Scottish Leaving Certificate Examination, 1961
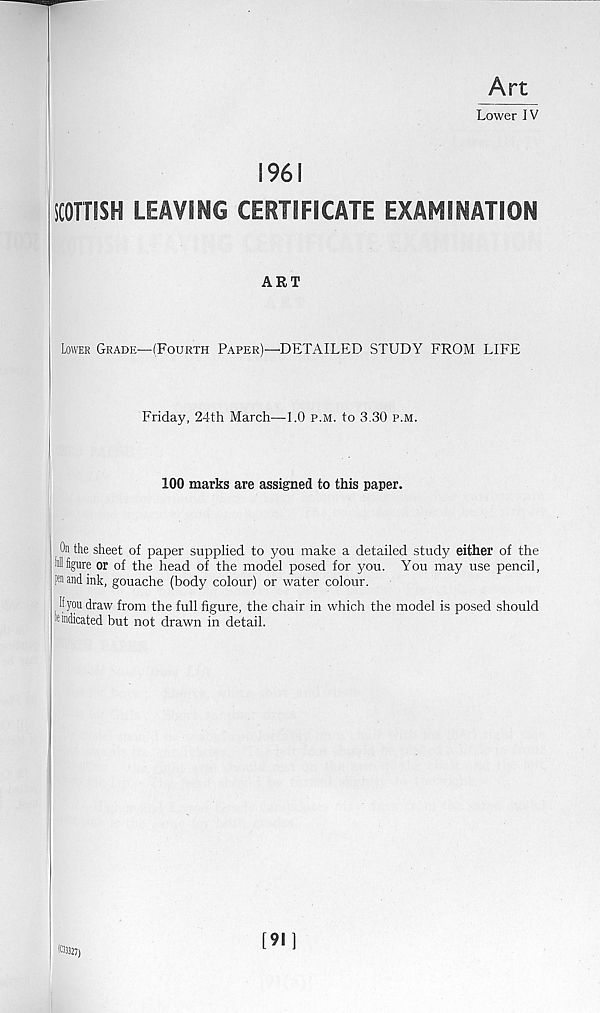
Art
Lower IV
1961
SCOTTISH LEAVING CERTIFICATE EXAMINATION
ART
Lower Grade—(Fourth Paper)—DETAILED STUDY FROM LIFE
Friday, 24th March—1.0 p.m. to 3.30 p.m.
100 marks are assigned to this paper.
On the sheet of paper supplied to you make a detailed study either of the
i figure or of the head of the model posed for you. You may use pencil,
pi and ink, gouache (body colour) or water colour.
If you draw from the full figure, the chair in which the model is posed should
'indicated but not drawn in detail.
103327)
[91]